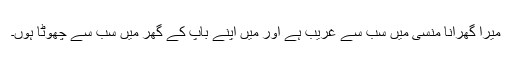
میرا گھرانا منسّی میں سب سے غرِیب ہے اور مَیں اپنے باپ کے گھر میں سب سے چھوٹا ہُوں۔